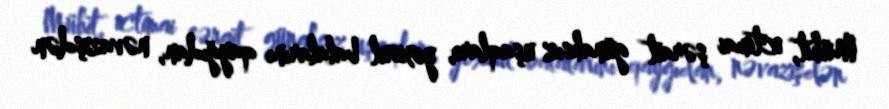
Mühit, ictimai şərait günahsız uşaqları, yoxsul balalarını qayğıdan, nəvazişdən